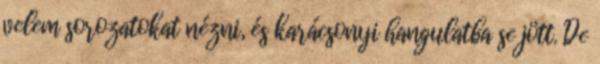
velem sorozatokat nézni, és karácsonyi hangulatba se jött. De